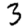
Digit: 3